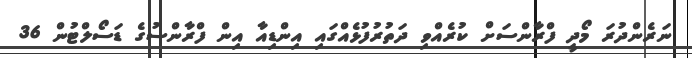
ނަރެންދުރަ މޯދީ ފްރާންސަށް ކުރެއްވި ދަތުރުފުޅެއްގައި އިންޑިއާ އިން ފްރާންސުގެ ޑަސޯލްޓުން 36